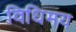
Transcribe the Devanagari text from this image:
विधिमय